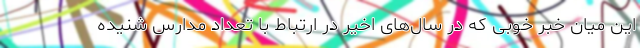
این میان خبر خوبی که در سال‌های اخیر در ارتباط با تعداد مدارس شنیده‌